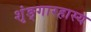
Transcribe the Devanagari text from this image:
शृंङ्गारहास्य